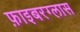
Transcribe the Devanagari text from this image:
फ़ाइबरग्लास